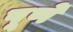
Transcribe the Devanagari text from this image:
पूर्णे